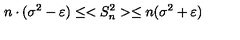
n \cdot ( \sigma ^ { 2 } - \varepsilon ) \leq < S _ { n } ^ { 2 } > \leq n ( \sigma ^ { 2 } + \varepsilon )